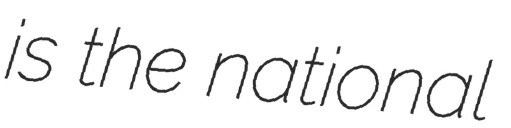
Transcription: is the national